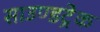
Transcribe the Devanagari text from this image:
साउण्डट्रेक